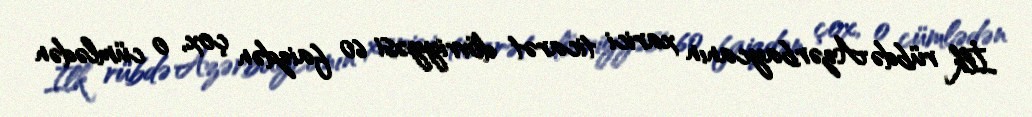
İlk rübdə Azərbaycanın xarici ticarət dövriyyəsi 60 faizdən çox, o cümlədən